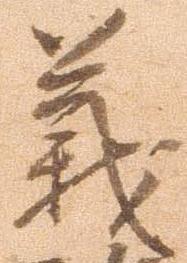
義